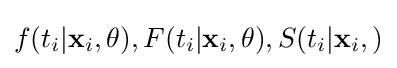
f(t_{i}|\mathbf {x} _{i},\mathbf {\theta } ),F(t_{i}|\mathbf {x} _{i},\theta ),S(t_{i}|\mathbf {x} _{i},)